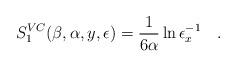
LaTeX: \begin{align*}S_1^{VC}(\beta,\alpha,y,\epsilon)={1 \over 6\alpha}\ln{\epsilon_x^{-1}}~~~.\end{align*}